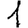
Digit: 1